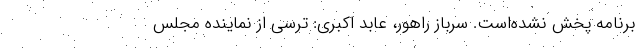
برنامه پخش نشده‌است. سرباز راهور، عابد اکبری: ترسی از نماینده مجلس